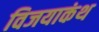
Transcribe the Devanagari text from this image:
विजयाकंथ